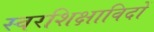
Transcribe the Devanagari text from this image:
स्वरशिक्षाविदों